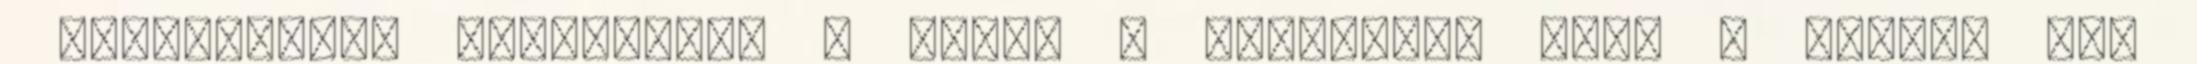
tizedikként kóstolták, a szerk , csillagos ötös " "Kissé már